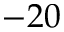
- 2 0